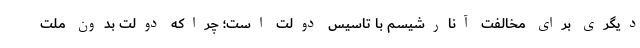
دیگری برای مخالفت آنارشیسم با تاسیس دولت است؛ چراکه دولت بدون ملت